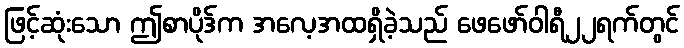
ဖြင့်ဆုံးသော ဤစာပိုဒ်က အလေ့အထရှိခဲ့သည် ဖေဖော်ဝါရီ၂၂ရက်တွင်